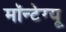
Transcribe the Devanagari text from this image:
मॉन्टेग्यू